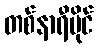
တစ်နာရီမိုင်